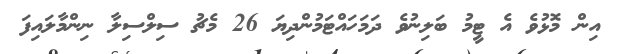
އިން މޮޅުވެ އެ ޓީމު ބަލިނުވެ ދަމަހައްޓަމުންދިޔަ 26 މެޗު ސިލްސިލާ ނިންމާލައިފަ